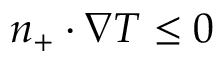
n _ { + } \cdot \nabla T \leq 0